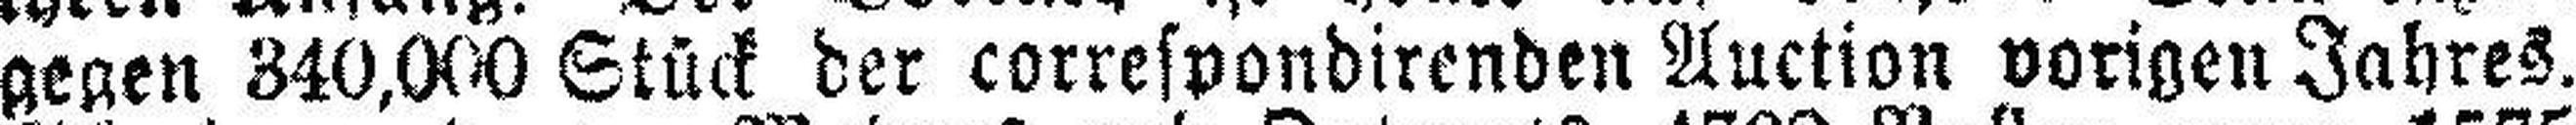
gegen 340,000 Stück der corresvondirenden Auction vorigen Jahres.